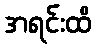
အရင်းထိ